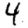
Digit: 4